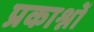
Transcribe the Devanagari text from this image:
प्रकाश्नों